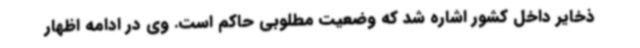
ذخایر داخل کشور اشاره شد که وضعیت مطلوبی حاکم است. وی در ادامه اظهار